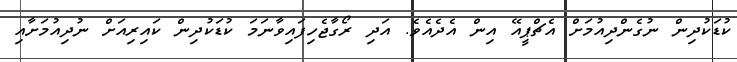
ކުޑަކުދިން ނުގެންދިއުމަށް އެޗްޕީއޭ އިން އެދެއެވެ. އަދި ރޯގާޖެހިފައިވާނަމަ ކުޑަކުދިން ކައިރިއަށް ނުދިއުމަށާއި